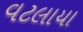
વટલાયા